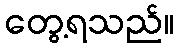
တွေ့ရသည်။